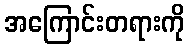
အကြောင်းတရားကို